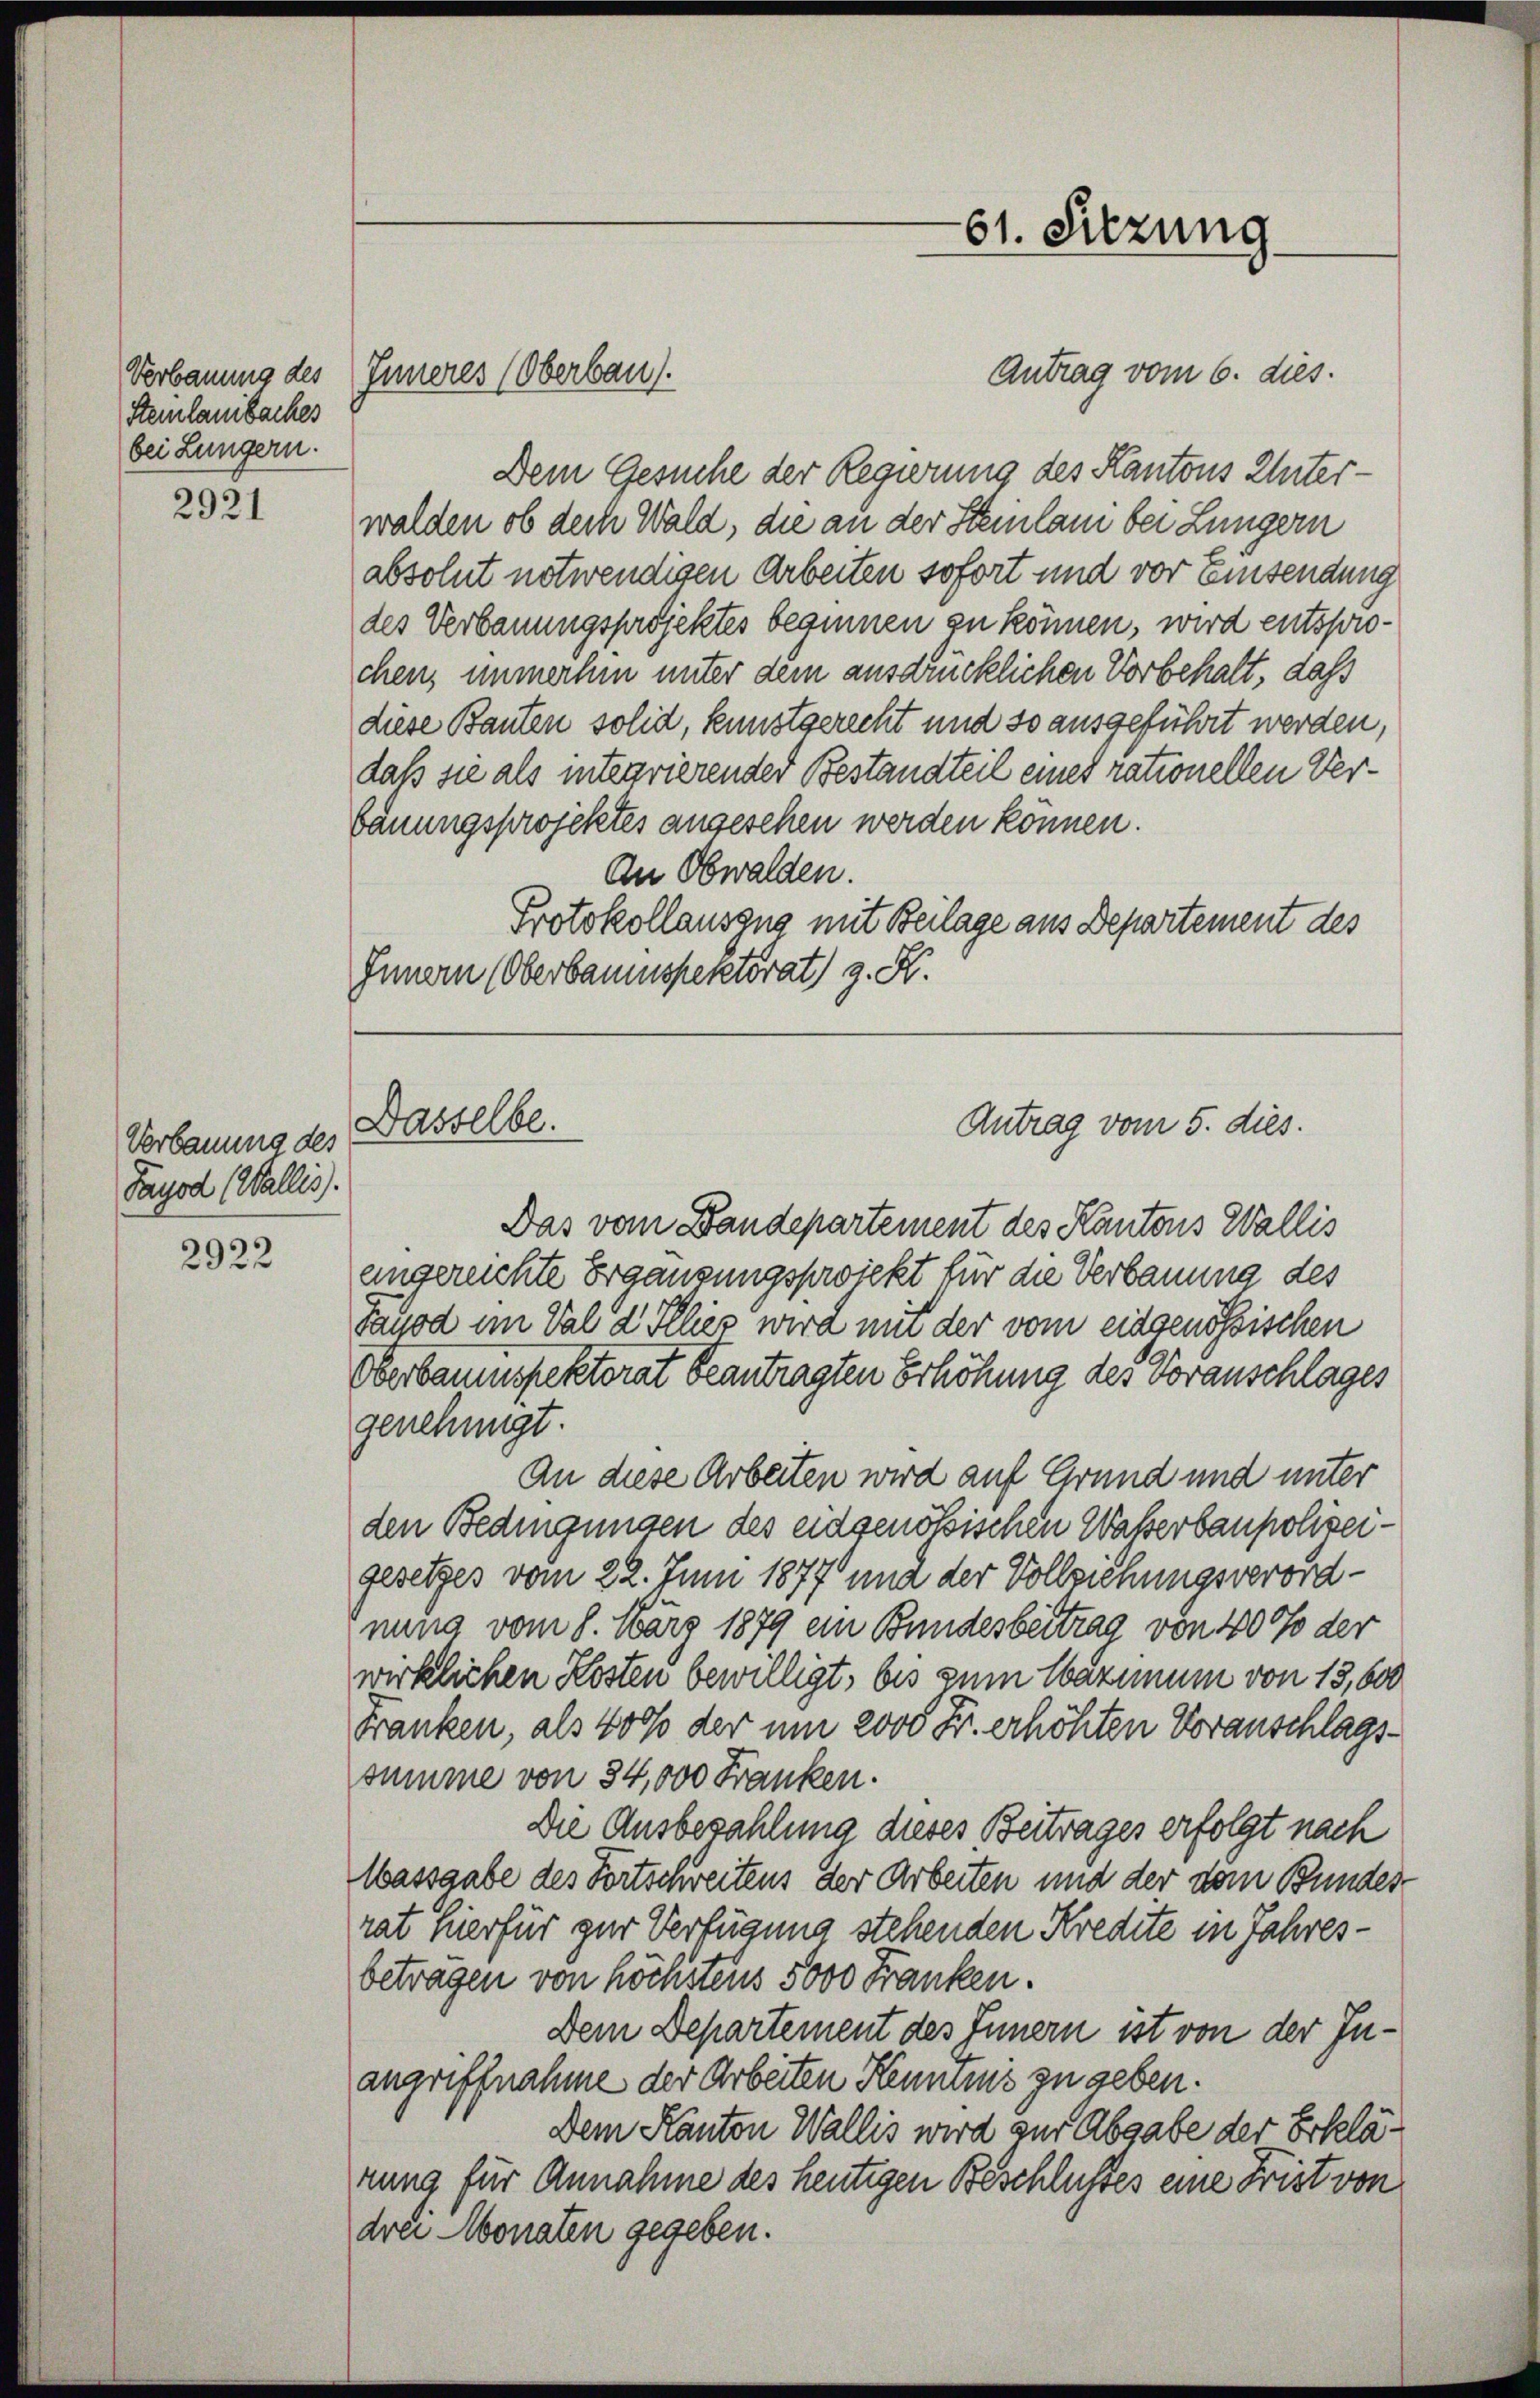
Steinlauibaches
bei Lungern.

2921

Vorbauung des
Tayod (Wallis).

2922

Antrag vom 6. dies
Dem Gesuche der Regierung des Kantons Unterwalden ob dem Wald, die an der Steinlani bei Lungern
absolut notwendigen Arbeiten sofort und vor Einsendung
des Verbauungsprojektes beginnen zu können, wird entsprochen, immerhin unter dem ausdrücklichen Vorbehalt, daß
diese Bauten solid, kunstgerecht und so ausgeführt werden,
daß sie als integrierender Bestandteil eines rationellen Verbäuungsprojektes angesehen werden können.
An Obwalden.
Protokollauszug mit Beilage aus Departement des
Innern (Oberbauinspektorat) z. K.

Verbauung des Inneres (Oberbau).

Dasselbe.

61. Sitzung

Antrag vom 5. dies.

Das vom Bandepartement des Kantons Wallis
eingereichte Ergänzungsprojekt für die Verbauung des
Sauod im Val d Illies wird mit der vom eidgenössischen
Oberbauenspektorat beantragten Erhöhung des Voranschlages
genehmigt.
An diese Arbeiten wird auf Grund und unter
den Bedingungen des eidgenössischen Waßerbaupolizeigesetzes vom 22. Juni 1877 und der Vollziehungsverordnung vom 8. März 1879 ein Bundesbeitrag von 400 der
wirklichen Kosten bewilligt, bis zum Maximum von 13,600
Franken, als 400 der um 2000 Fr. erhöhten Voranschlagssumme von 34,000 Franken.
Die Ausbezahlung dieses Beitrages erfolgt nach
Wassgabe des Fortschreitens der Arbeiten und der dem Bundes-
rat hierfür zur Verfügung stehenden Kredite in Jahresbetragen von höchstens 5000 Franken.
Dem Departement des Innern ist von der Inangriffnahme der Arbeiten Hemmnis zu geben.
Dem Kanton Wallis wird zur Abgabe der Erklänung für Annahme des heutigen Beschlusses eine Frist von
drei Monaten gegeben.